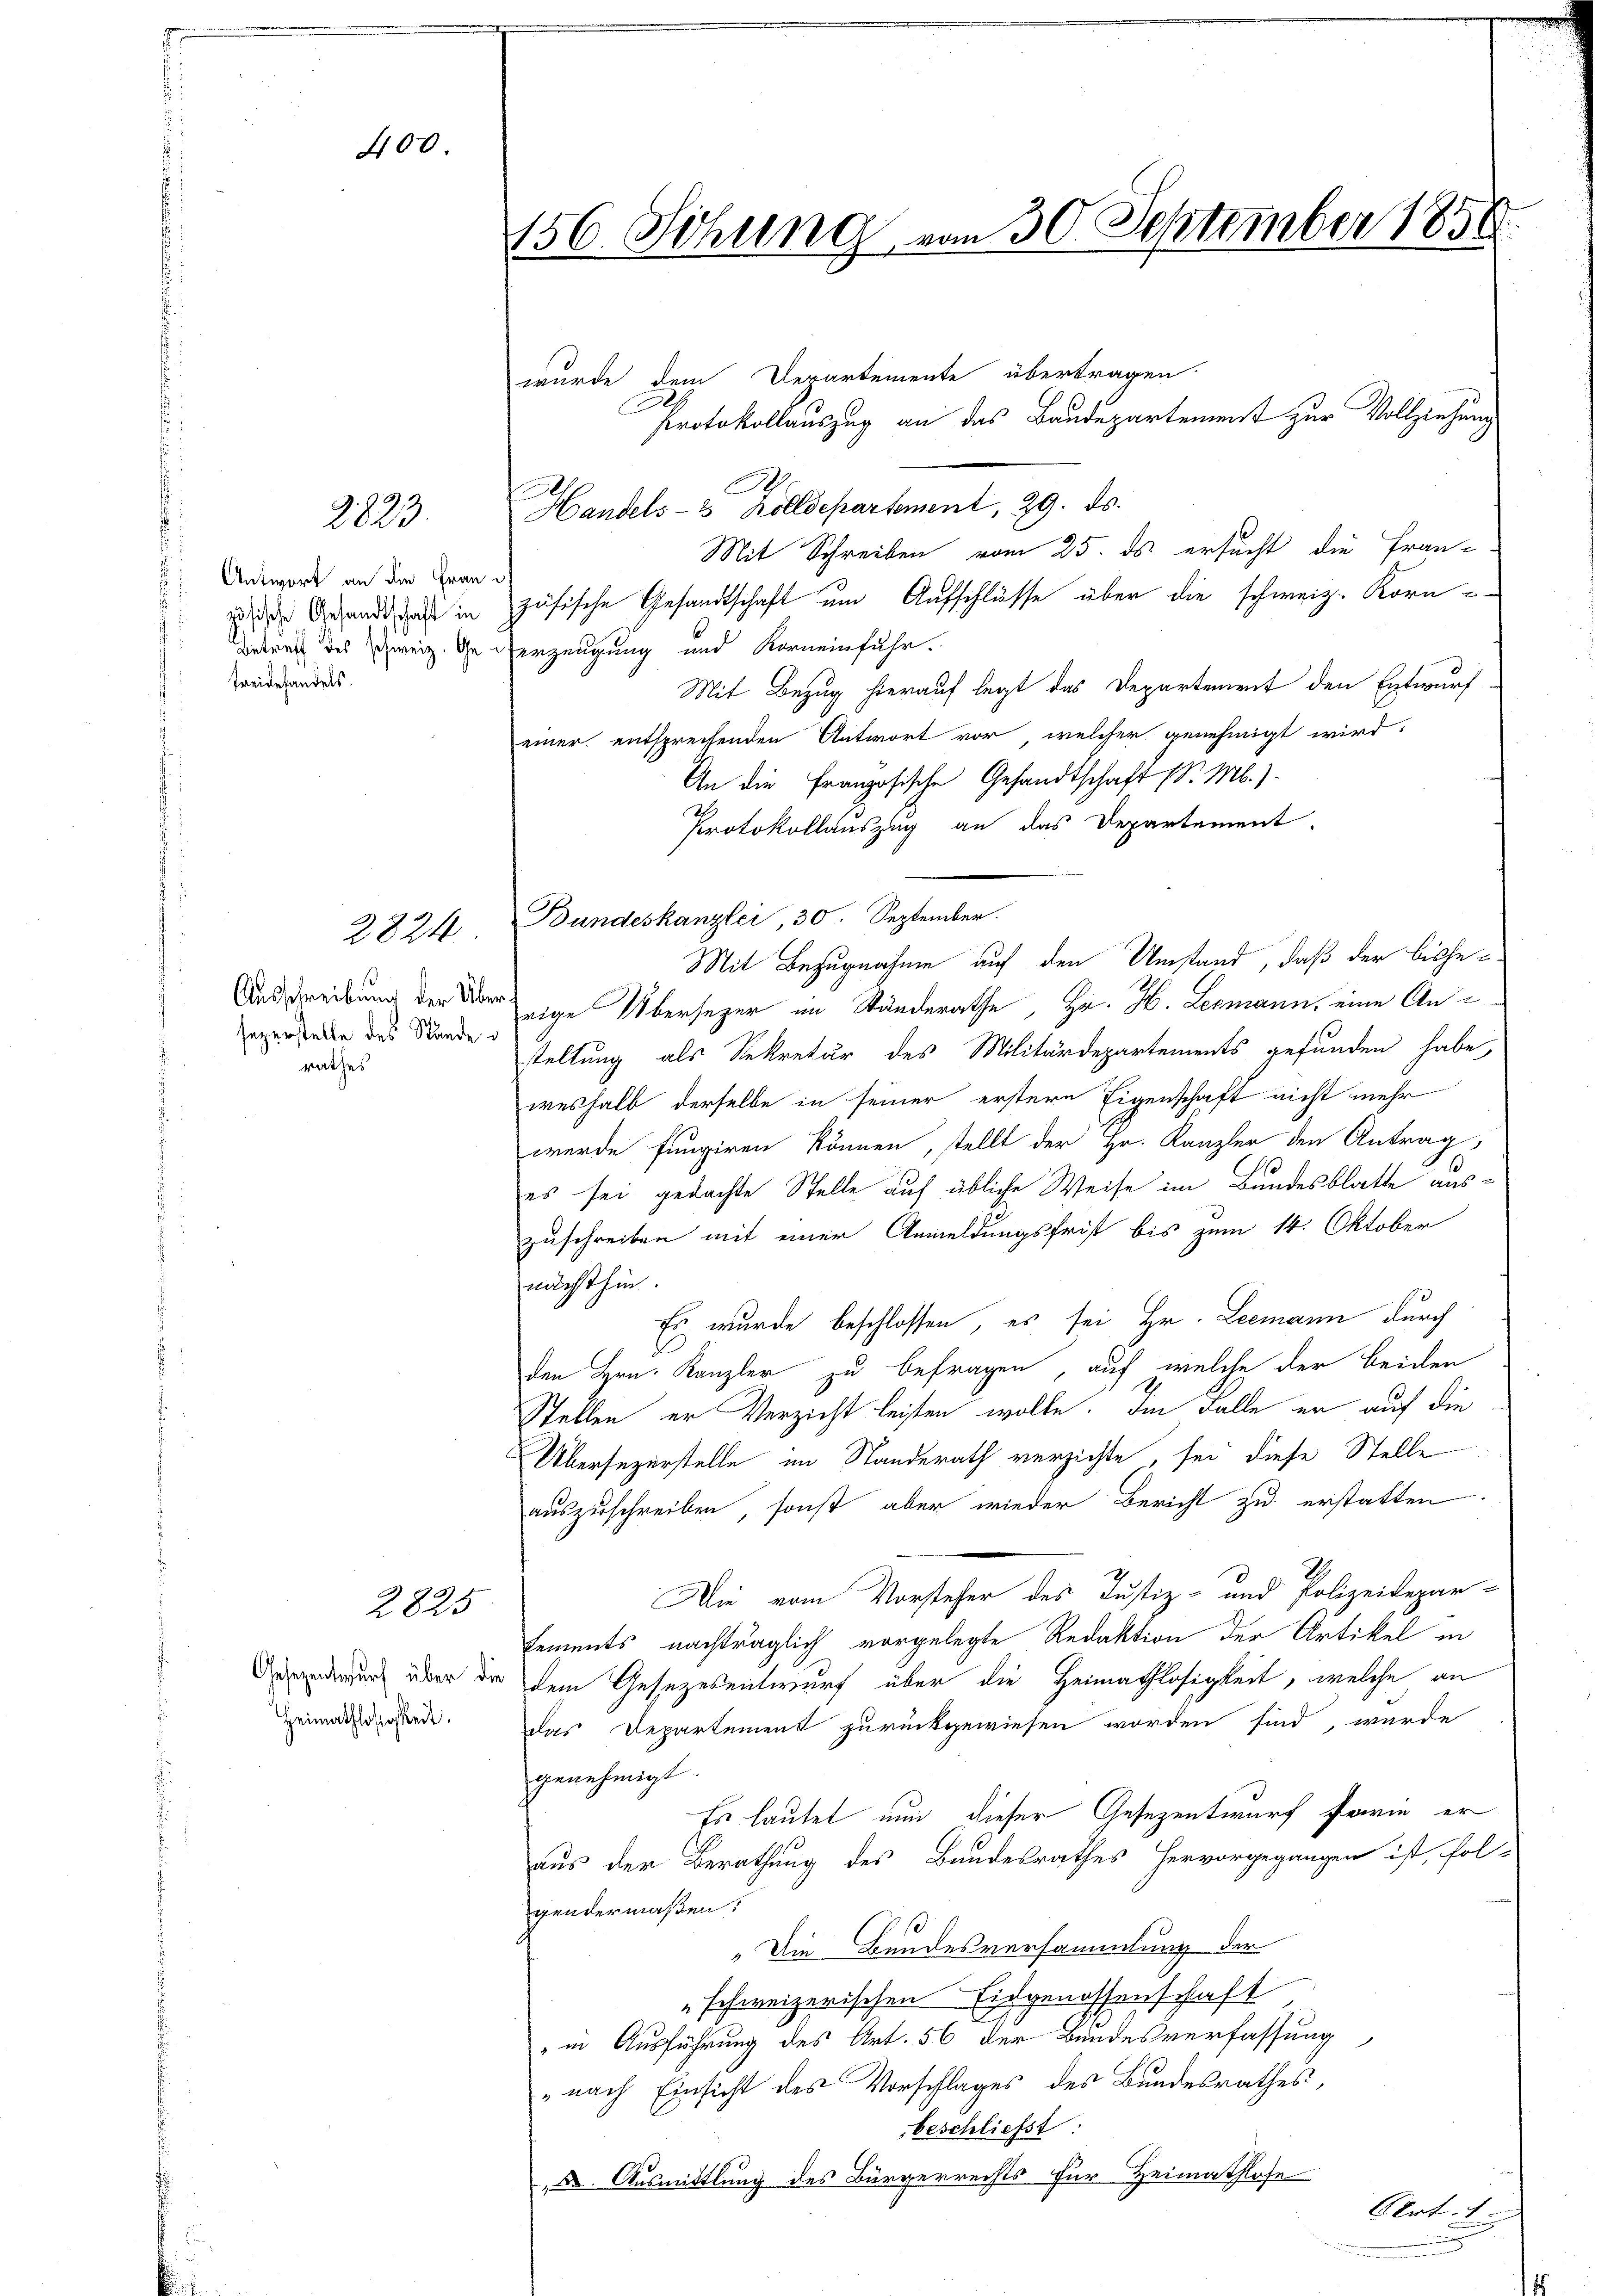
400.

2823.

Antwort an die Frau
i
zösische Gesandtschaft in
Freibehandels.

sezerstelle des Stunde d
rathes

2824

Heimathlosigkeit.

2825.

156. Sitzung vom 30. September 185

wurde dem Derartemente übertragen.
Protokollauszug an das Baudepartement zur Vollziehung
F
Handels- & Zolldepartement, 29. ds.
Mit Schreiben vom 25. ds. ersucht die Fran-
zösische Gesandtschaft um Aufschlüsse über die schweiz. Korn-
Betrach des Schweiz. Gederzeugung und Korneinfuhr.
Mit Bezug hierauf legt das Departement den Entwurf
einer entsprechenden Antwort vor, welcher genehmigt wird.
An die Französische Gesandtschaft (S. M.).
Protokollauszug an das Departement.
Mit Bezugnahme auf den Umstand, daß der bishe¬
Ausschreibung der Verzige Übersezer im Ständerathe, Hr. H. Leemann, eine Anstellung als Sekretär des Militärdepartements gefunden habe,
weshalb derselbe in seiner erstern Eigenschaft nicht mehr
werde fungiren können, stellt der Hr. Kanzler den Antrag
es sei gedachte Stelle auf übliche Weise im Bundesblatte auszuschreiben mit einer Anmeldungsfrist bis zum 14. Oktober
nächsthin.
Es wurde beschlossen, es sei Hr. Leemann durch
den Hrn. Kanzler zu befragen, auf welche der beiden
Stellen er Verzicht leisten wolle. Im Falle er auf die
Übersezerstelle im Standerath verzichte, sei diese Stelle
auszuschreiben, sonst aber wieder Bericht zu erstatten.
Die vom Vorsteher des Justiz- und Polizeidepar-
Eements nachträglich vorgelegte Redaktion der Artikel in
nderung über der dem Gesezesentwurf über die Heimathlosigkeit, welche an
das Departement zurückgewiesen worden sind, wurde
genehmigt.
Es lautet nun dieser Gesezentwurf farie er
aus der Berathung des Bandesrathes hervorgegangen ist, fol-
gendermaßen:
„Die Bundesversammlung der
schweizerischen Eidgenossenschaft
" in Ausführung des Art. 56 der Bundesverfassung
„nach Einsicht des Vorschlages des Bundesrathes,
beschliesst.
X. Ausmittlung des Bürgerrechts für Heimathlose
Art.
n

Bundeskanzlei, 30. September.